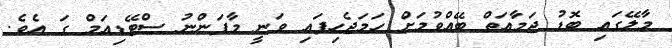
މާލޭގައި ބޮޑު ޖަމާއަތް ބޭއްވުމަށް ހަމަޖެހިފައި ވަނީ މާފަންނު ސްޓޭޑިއަމް ގަ އެވެ.